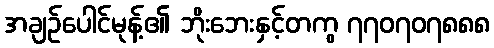
အချဉ်ပေါင်မုန့်၏ ဘိုးဘေးနှင့်တကွ ၇၇၀၇၀၇၈၈၈